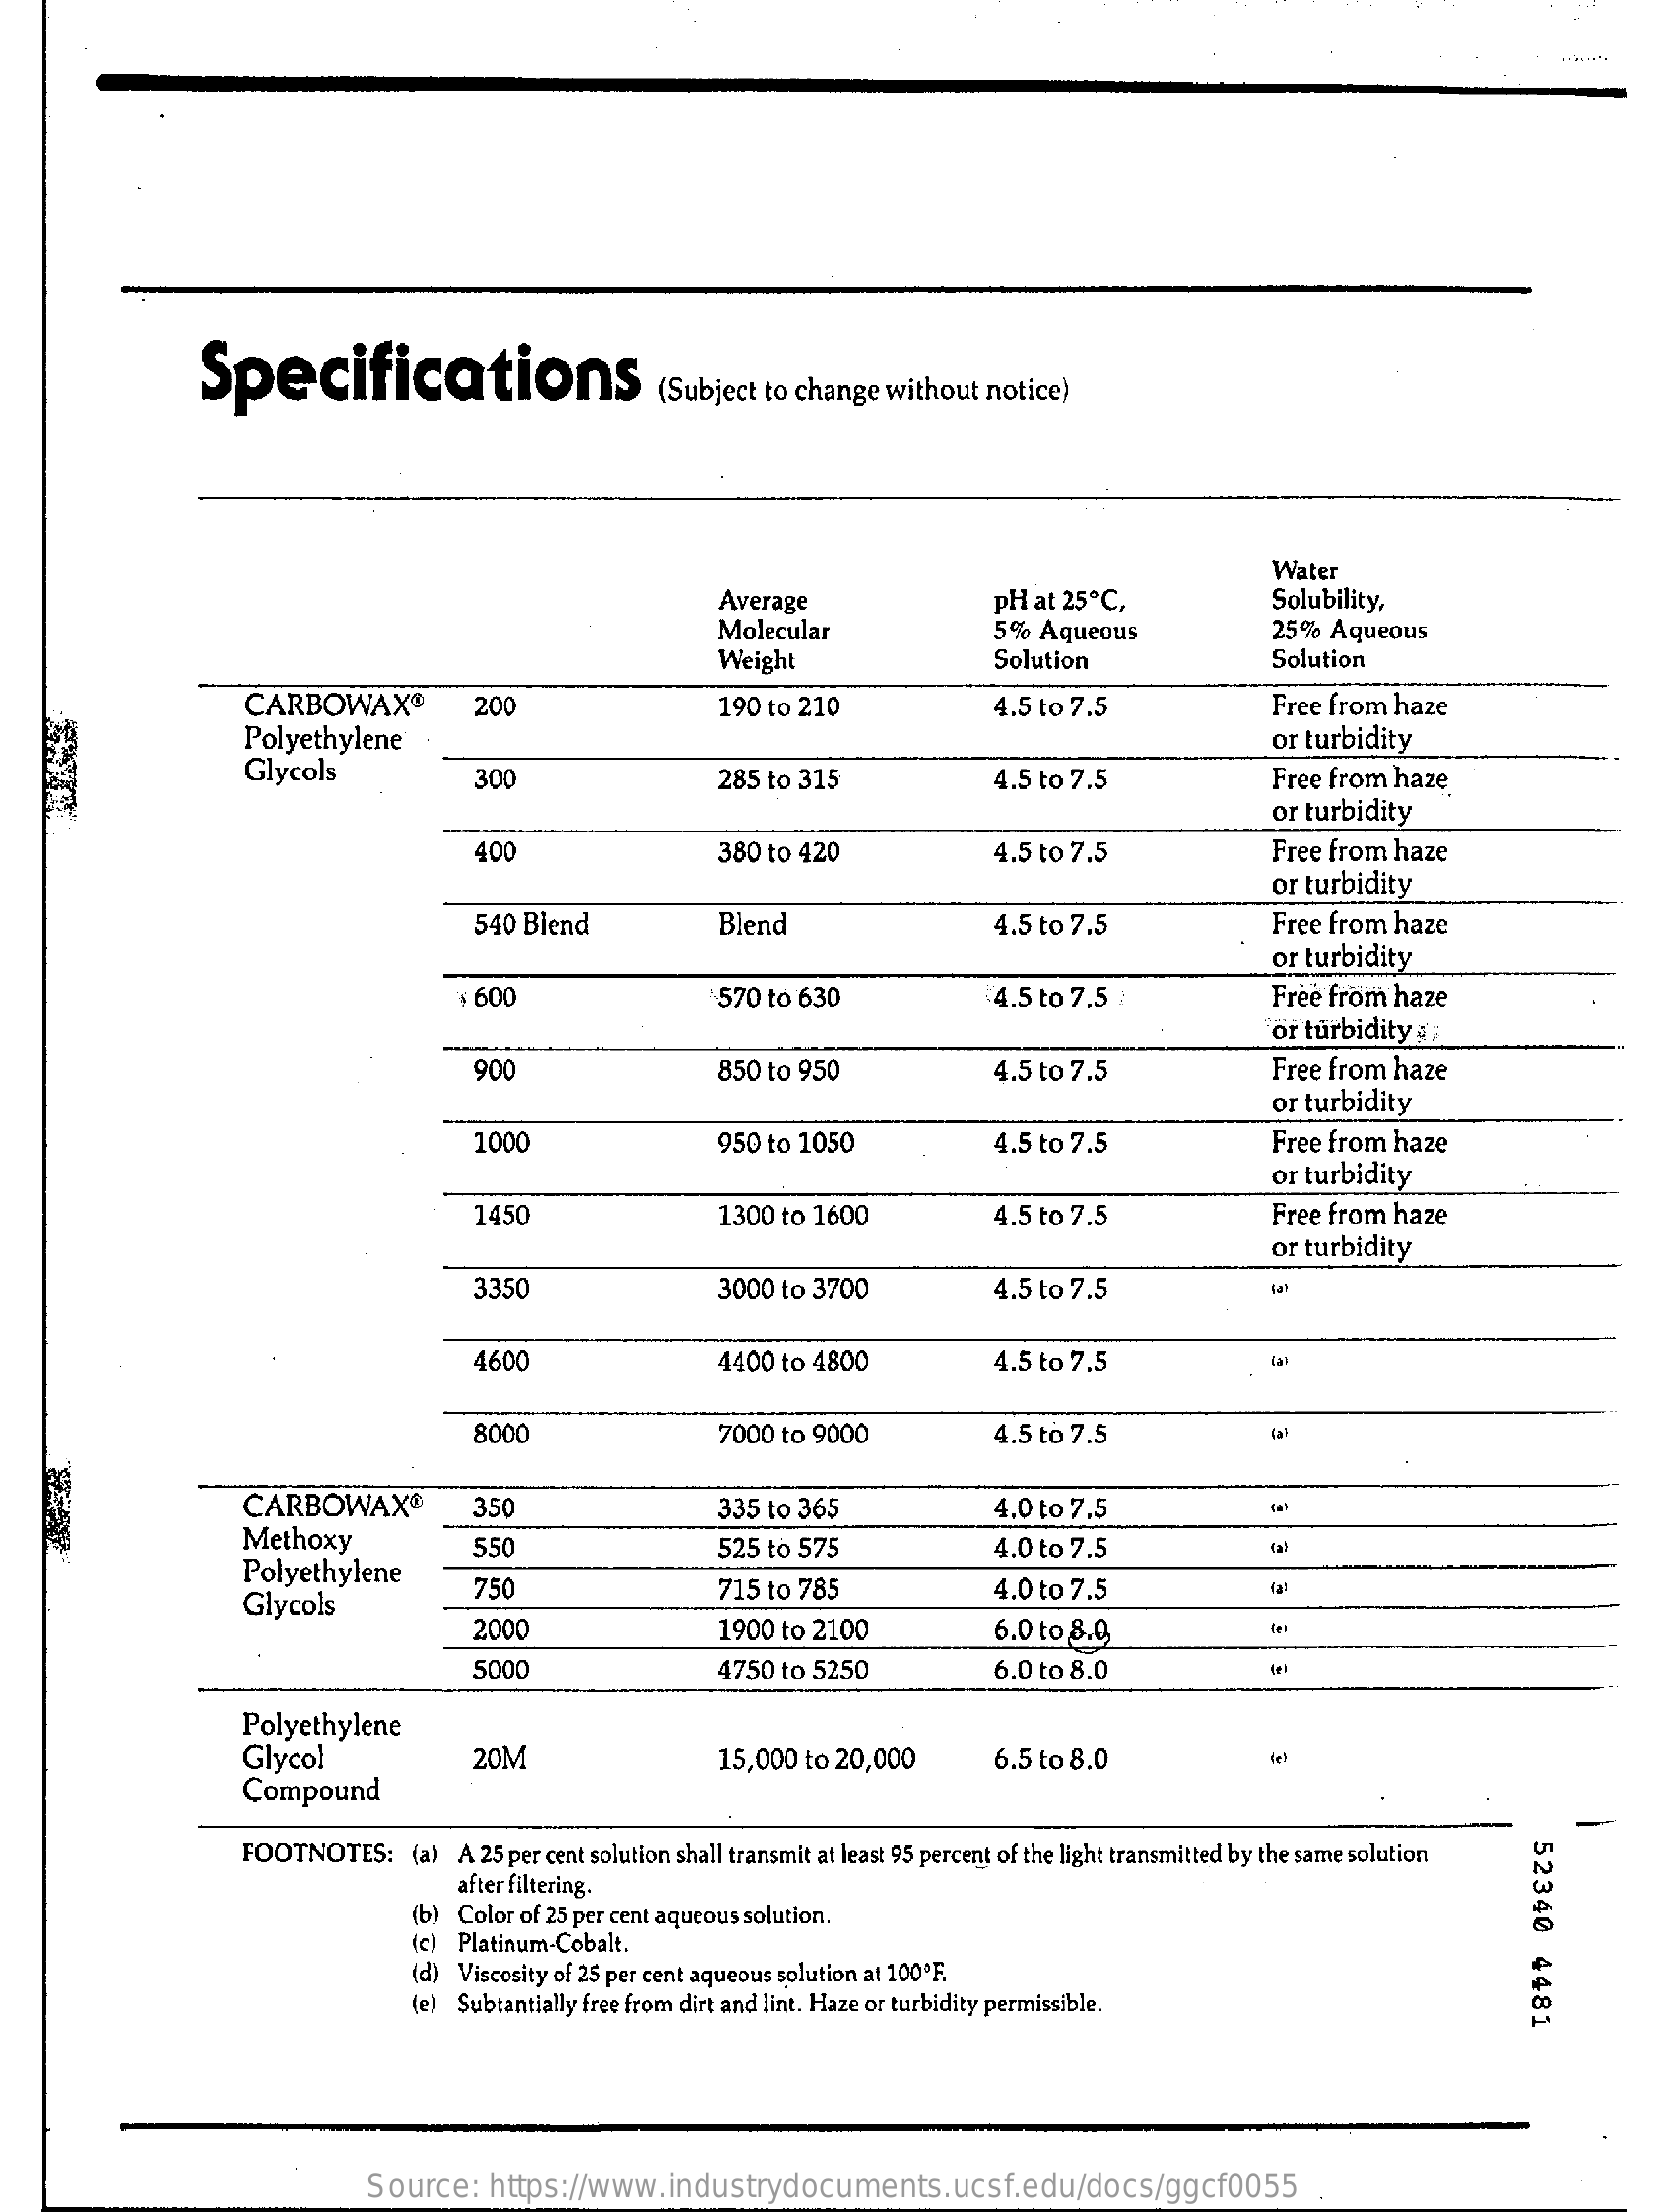
Specifications    (Subject to change without notice)
     Water
     Average    pH at 25 ℃ ,    Solubility,
     Molecular    5%  Aqueous    25%  Aqueous
     Weight    Solution    Solution
     CARBOWAX®    200
     Polyethylene
     190 to 210    4.5 to 7.5    Free from haze
     Glycols
     or turbidity
     300    285 to 315    4.5 to 7.5    Free from hazę.
     or turbidity
     400    380 to 420    4.5 to 7.5    Free from haze
     or turbidity
     540 Blend    Blend    4.5 to 7.5    Free from haze
     or turbidity
     $ 600    570 to 630    4.5 to 7.5    Free from haze
     or turbidity ,
     900    850 to 950    4.5 to 7.5    Free from haze
     or turbidity
     1000    950 to 1050    4.5 to 7.5    Free from haze
     or turbidity
     1450    1300 to 1600    4.5 to 7.5    Free from haze
     or turbidity
     3350    3000 to 3700    4.5 to 7.5
     4600    4400 to 4800    4.5 to 7.5
     8000    7000 to 9000    4.5 to 7.5
     CARBOWAX®    350    335 to 365    4,0 to 7.5
     Methoxy
     Polyethylene
     550    525 to 575    4.0 to 7.5
     Glycols
     750    715 to 785    4.0 to 7.5
     2000    1900 to 2100    6.0 to 8.0
     5000    4750 to 5250    6.0 to 8.0
     Polyethylene
     Glycol    20M    15,000 to 20,000    6.5 to 8.0
     Compound
     -
     FOOTNOTES:    (a) A 25 per cent solution shall transmit at least 95 percent of the light transmitted by the same solution
     52340
     4481
     after filtering.
     (b) Color of 25 per cent aqueous solution.
     (c) Platinum-Cobalt.
     (d) Viscosity of 25 per cent aqueous solution at 100ºF.
     (e) Subtantially free from dirt and lint. Haze or turbidity permissible.
     Source:   https://www.industrydocuments.ucsf.edu/docs/ggcf0055